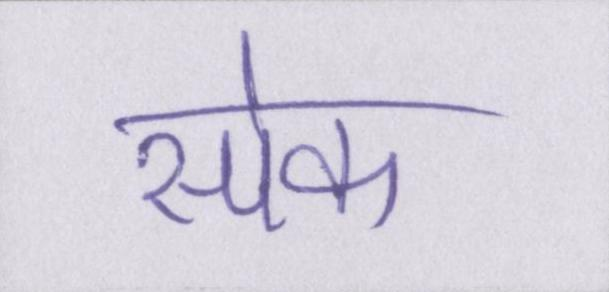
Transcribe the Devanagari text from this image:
स्पेक